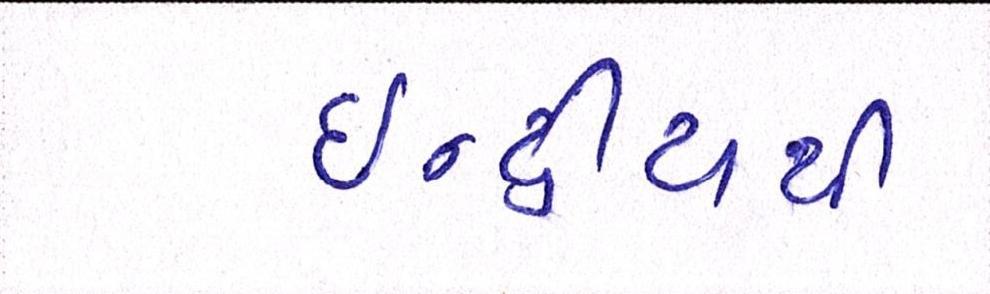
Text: ઇન્દ્રીયથી